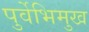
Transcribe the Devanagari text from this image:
पुर्वेभिमुख